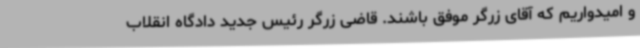
و امیدواریم که آقای زرگر موفق باشند. قاضی زرگر رئیس جدید دادگاه انقلاب